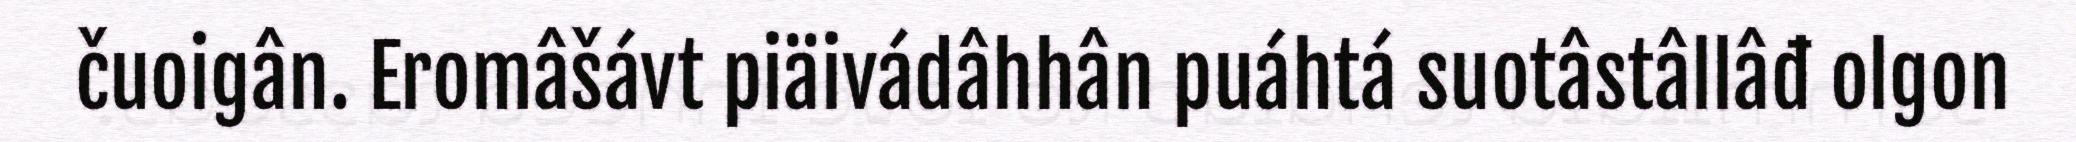
čuoigân. Eromâšávt piäivádâhhân puáhtá suotâstâllâđ olgon